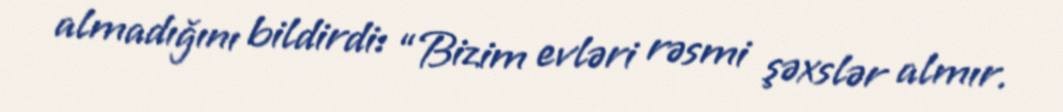
almadığını bildirdi: “Bizim evləri rəsmi şəxslər almır.